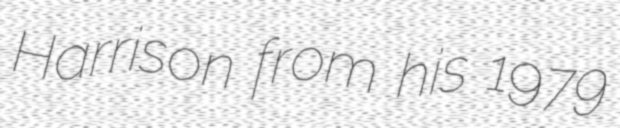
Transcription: Harrison from his 1979